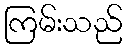
ကြမ်းသည်